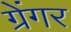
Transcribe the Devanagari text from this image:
ग्रेंगर